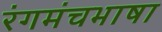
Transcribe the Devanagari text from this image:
रंगमंचभाषा